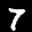
Label: 7